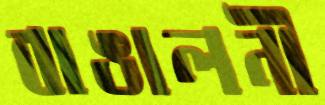
বাঙালনী